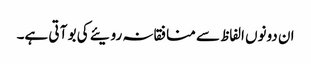
ان دونوں الفاظ سے منافقانہ رویئے کی بو آ تی ہے۔